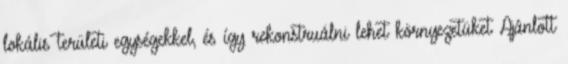
lokális területi egységekkel, és így rekonstruálni lehet környezetüket Ajánlott